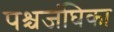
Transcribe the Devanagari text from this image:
पश्चजंघिका